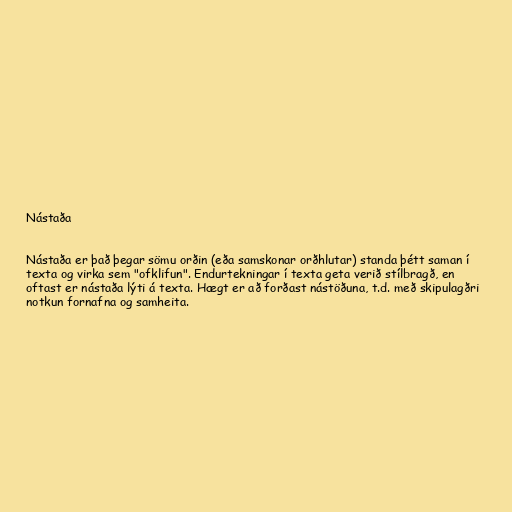
Nástaða

Nástaða er það þegar sömu orðin (eða samskonar orðhlutar) standa þétt saman í
texta og virka sem "ofklifun". Endurtekningar í texta geta verið stílbragð, en
oftast er nástaða lýti á texta. Hægt er að forðast nástöðuna, t.d. með skipulagðri
notkun fornafna og samheita.